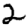
Digit: 2